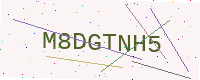
Text: M8DGTNH5